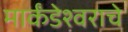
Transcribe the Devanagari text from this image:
मार्कंडेश्वराचे